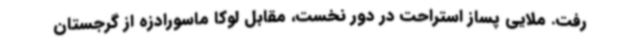
رفت. ملایی پساز استراحت در دور نخست، مقابل لوکا ماسورادزه از گرجستان